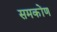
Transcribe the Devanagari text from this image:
समकोंण